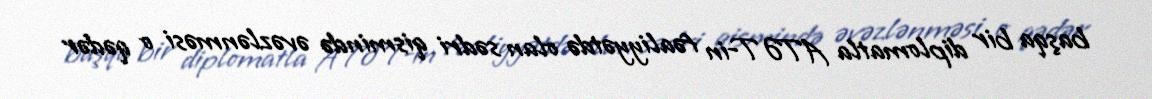
başqa bir diplomatla ATƏT-in fəaliyyətdə olan sədri qismində əvəzlənməsi o qədər